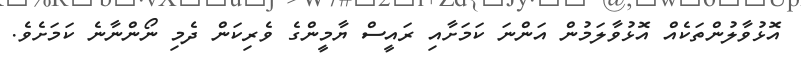
އޮޅުވާލުންތަކެއް އޮޅުވާލަމުން އަންނަ ކަމަށާއި ރައީސް ޔާމީންގެ ވެރިކަން ދެމި ނޯންނާނެ ކަމަށެވެ.